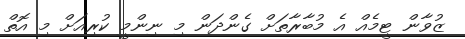
ޒުވާން ޓީމެއް އެ މުބާރާތަށް ގެންދަން މި ނިންމީ ކުރިއަށް މި އޮތް